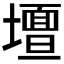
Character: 𭐀